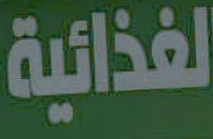
الغذائية